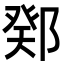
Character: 鄈